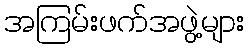
အကြမ်းဖက်အဖွဲ့များ